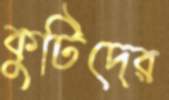
কুটিদের